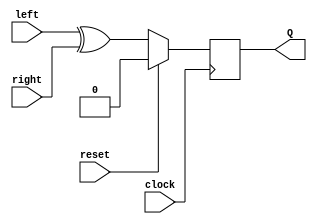
`timescale 1ns / 1ps

module CA90_FF(
    input clock,
    input reset,
    input left,
    input right,
    output reg Q
    );
    
    initial
        Q <= 0;
    
    always@(posedge clock) begin
    if(reset)
        Q <= 0;
    else
        Q <= left ^ right;
    end
    
endmodule